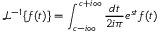
\mathcal { L } ^ { - 1 } \{ f ( t ) \} = \int _ { c - i \infty } ^ { c + i \infty } \frac { d t } { 2 i \pi } e ^ { s t } f ( t )